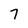
Character: 7